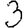
Digit: 3